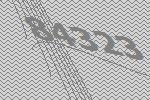
84323